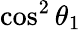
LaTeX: \cos^{2}\theta_{1}